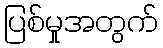
ပြစ်မှုအတွက်